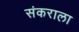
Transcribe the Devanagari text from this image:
संकराला